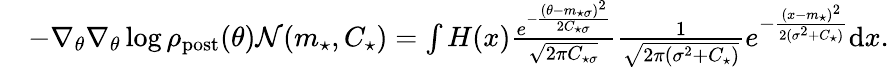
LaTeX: \begin{array}{rl}&{-\nabla_{\theta}\nabla_{\theta}\log\rho_{\mathrm{post}}(\theta)\mathcal{N}(m_{\star},C_{\star})=\int H(x)\frac{e^{-\frac{(\theta-m_{\star\sigma})^{2}}{2C_{\star\sigma}}}}{\sqrt{2\pi C_{\star\sigma}}}\frac{1}{\sqrt{2\pi(\sigma^{2}+C_{\star})}}e^{-\frac{(x-m_{\star})^{2}}{2(\sigma^{2}+C_{\star})}}\mathrm{d}x.}\end{array}